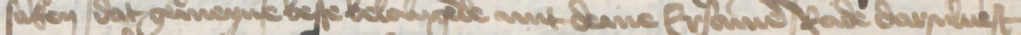
saken dat gemeyne beste belangende mit deme Ersamen rade darsuluest